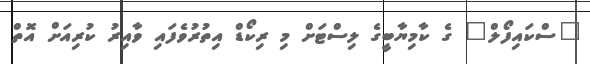
"ސްކައިފޯލް" ގެ ކާމިޔާބީގެ ލިސްޓަށް މި ރިކޯޑް އިތުރުވެފައި ވާއިރު ކުރިއަށް އޮތް